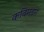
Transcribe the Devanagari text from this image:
कविमंडन